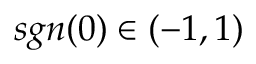
s g n ( 0 ) \in ( - 1 , 1 )